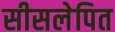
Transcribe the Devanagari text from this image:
सीसलेपित